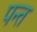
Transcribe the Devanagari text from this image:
पन्‍त